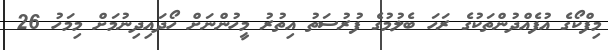
މިފްކޯގެ އުފެއްދުންތަކުގެ ރަހަ ބެލުމުގެ ފުރުސަތު އިތުރު މީހުންނަށް ހޯދައިދިނުމަށް މިމަހު 26